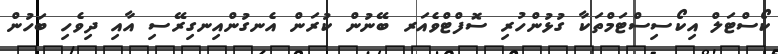
ކޯސްޓަލް އިކޯސިސްޓަމްތަކާ ގުޅުންހުރި ސޮފްޓްވެއަރ ބޭނުން ކުރަން އެނގުންއިނގިރޭސި އާއި ދިވެހި ބަހުން